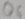
Text: Q6